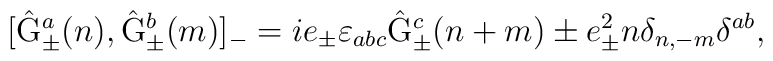
[\hat{\rm G}_{\pm}^a(n) , \hat{\rm G}_{\pm}^b(m)]_{-} =i e_{\pm} {\varepsilon}_{abc} \hat{\rm G}_{\pm}^c(n+m)\pm e_{\pm}^2 n \delta_{n,-m} \delta^{ab} ,  \\